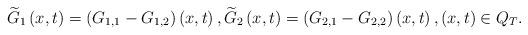
LaTeX: \begin{align*}\widetilde{G}_{1}\left( x,t\right) =\left( G_{1,1}-G_{1,2}\right) \left(x,t\right) ,\widetilde{G}_{2}\left( x,t\right) =\left(G_{2,1}-G_{2,2}\right) \left( x,t\right) ,\left( x,t\right) \in Q_{T}.\end{align*}